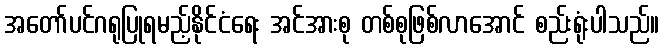
အတော်ပင်ဂရုပြုရမည့်နိုင်ငံရေး အင်အားစု တစ်စုဖြစ်လာအောင် စည်းရုံးပါသည်။